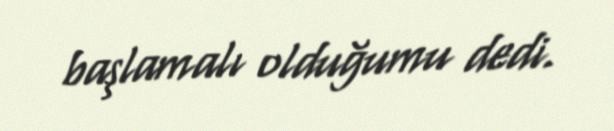
başlamalı olduğumu dedi.